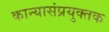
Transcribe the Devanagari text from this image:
कान्यासंप्रयुक्तक